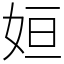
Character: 姮